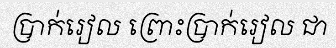
ប្រាក់រៀល ព្រោះប្រាក់រៀល ជា